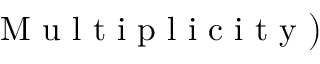
\mathrm { ~ M ~ u ~ l ~ t ~ i ~ p ~ l ~ i ~ c ~ i ~ t ~ y ~ } \big )